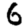
Digit: 6